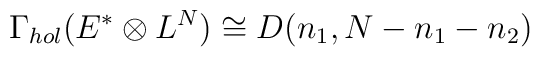
\Gamma_{hol}(E^* \otimes L^N) \cong D(n_1,N-n_1-n_2)